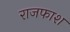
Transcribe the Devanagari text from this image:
राजफाश